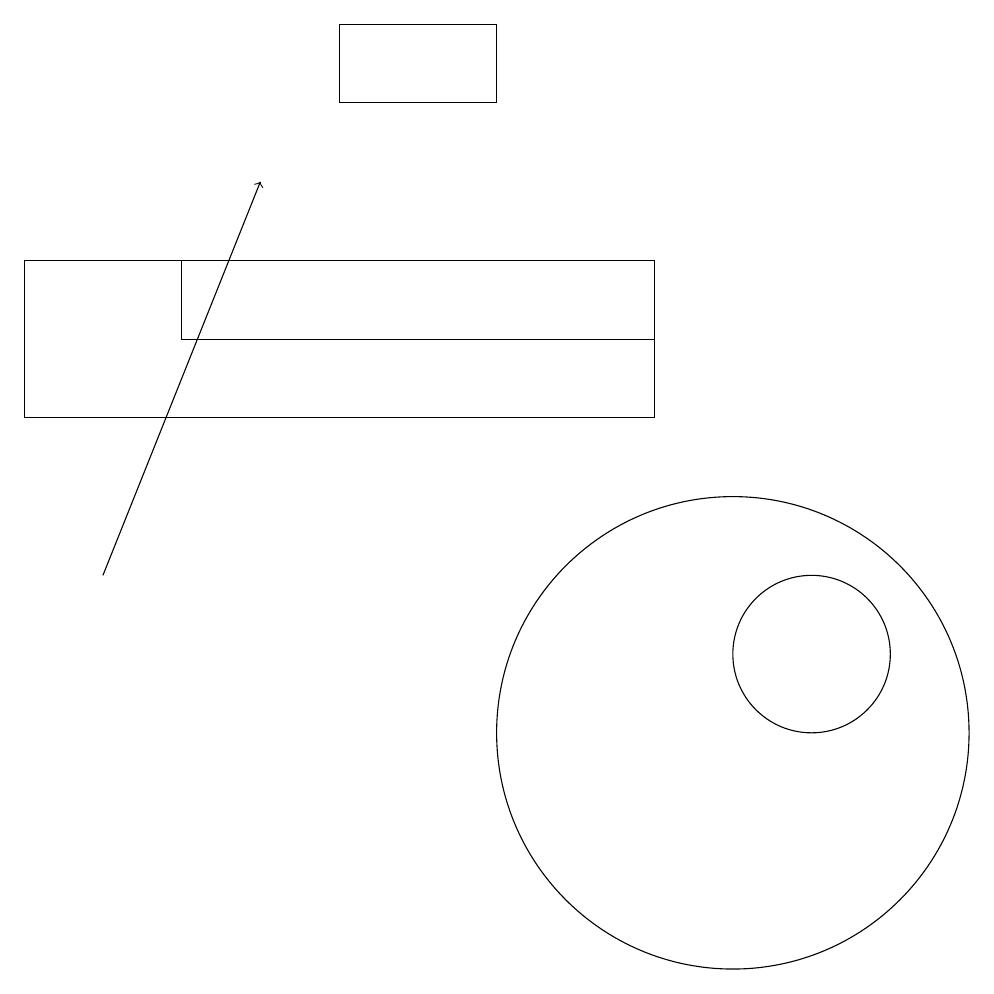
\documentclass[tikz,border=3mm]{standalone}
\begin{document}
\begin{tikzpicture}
\draw (10,10) circle (3);
\draw (9,14) rectangle (1,16);
\draw[->] (2,12) -- (4,17);
\draw (9,15) rectangle (3,16);
\draw (5,19) rectangle (7,18);
\draw (11,11) circle (1);
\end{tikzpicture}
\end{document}